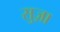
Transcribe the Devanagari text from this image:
सुज़ा